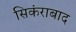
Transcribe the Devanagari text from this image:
सिकंराबाद